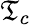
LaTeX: \mathfrak{T}_{c}